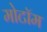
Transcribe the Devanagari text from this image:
मोटॉम